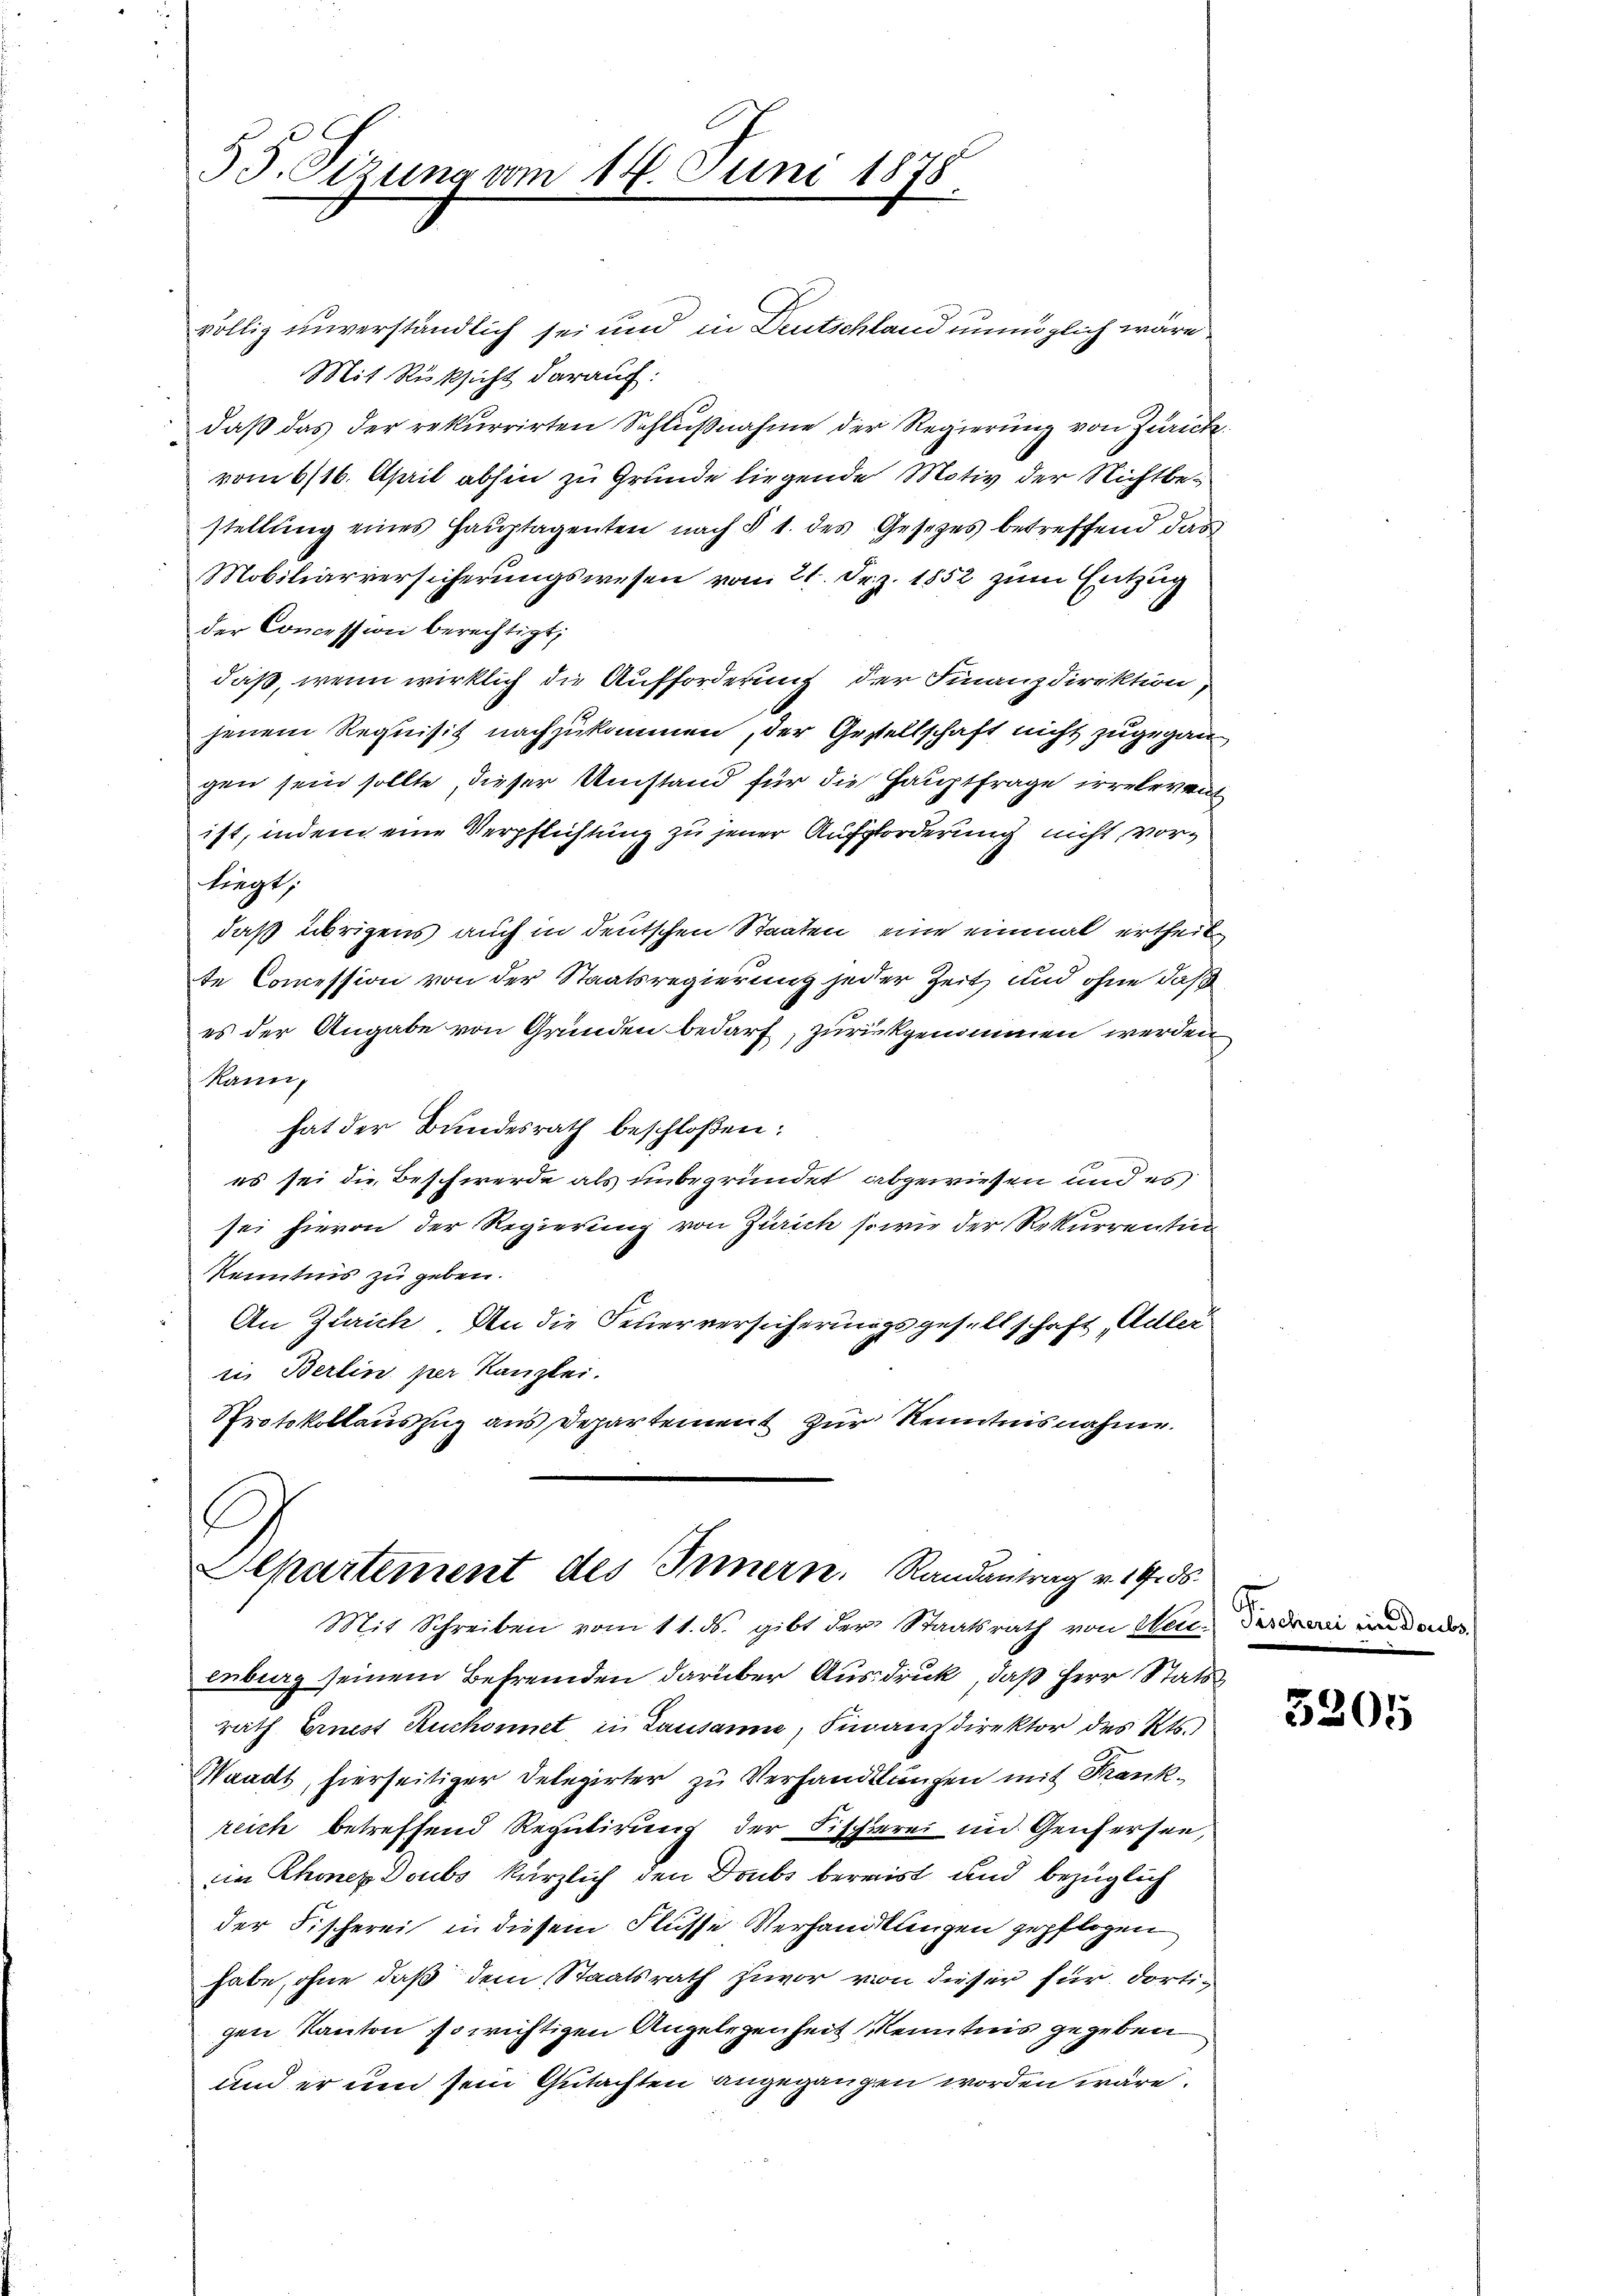
55. Sizung vom 14. Juni 1878.

völlig unverständlich sei und in Deutschland unmöglich wäre
Mit Rüksicht darauf:
daβ das der rekurrirten Schlŭβnahme der Regierŭng von Zürich
vom 6/16. April abhin zu Grunde liegende Motiv der Nichtbestellung eines Hauptagenten nach § 1. des Gesetzes betreffend das
Mobiliarversicherungswesen vom 21. Dez. 1852 zum Entzug
der Concession berechtigt,
daß, wenn wirklich die Aufforderung der Finanzdirektion,
jenem Requisit nachzukommen, der Gestellschaft nicht zugegangen sein sollte, dieser Umstand für die Hauptfrage irrelevenist, indem eine Verpflichtung zu jener Aufforderung nicht, vorliegt;
daß übrigens auch in deutschen Staaten, eine einmal ertheil
te Comession von der Staatsregierung jeder Zeit und ohne daß
es der Angabe von Gründen bedarf, zurückgenommen werden,
kann,
hat der Bundesrath beschloßen:
es sei die Beschwerde als unbegründet abgewiesen und es
sei hievon der Regierung von Zürich so wie der Rekurrentum
Kenntnis zu geben.
An Zürich. An die Feuerversicherungsgesellschaft, Adler
i. Berlin per Kanzlei.
Protokollauszug aus Departement zur Kenntnisnahme.

G
Separtement des Innern. Randantrag v. 19. 56.
Mit Schreiben vom 11. ds. gibt der Staatsrath von Menderdre

enburg seinem Befremden darüber Ausdruck, daß Herr Stats
rath Ernest Ruchonnet in Lausanne, Finanzdirektor des Kts.
Waadt, hierseitiger Delegirter zu Verhandlungen mit Krankreich betreffend Regulirung der Fischerei im Genfersee,
eim Rhonez Doubs kärzlich den Doubs bereist und bezüglich
der Fischerei in diesem Flusse Verhandlungen gepflogen
habe, ohne daß dem Staatsrath zuvor von dieser für dortigen Kanton so wichtigen Angelegenheit kenntnis gegeben
und er und sein Gutachten angegangen worden wäre.

3205

ein Doubs